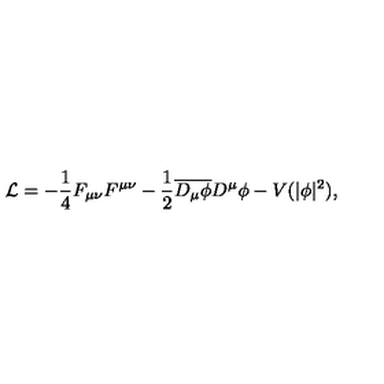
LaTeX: \mathcal { L } = - \frac { 1 } { 4 } F _ { \mu \nu } F ^ { \mu \nu } - \frac { 1 } { 2 } \overline { { D _ { \mu } \phi } } D ^ { \mu } \phi - V ( | \phi | ^ { 2 } ) ,